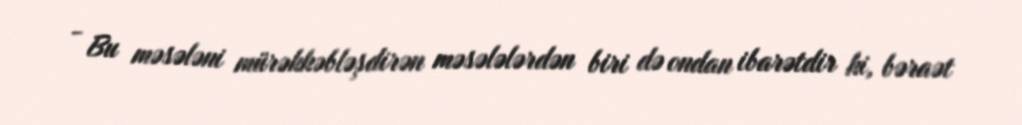
- Bu məsələni mürəkkəbləşdirən məsələlərdən biri də ondan ibarətdir ki, bəraət